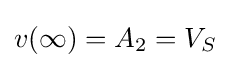
v(\infty )=A_{2}=V_{S}